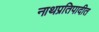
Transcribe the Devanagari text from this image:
नाथप्रतिपादीत